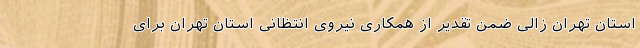
استان تهران زالی ضمن تقدیر از همکاری نیروی انتظانی استان تهران برای